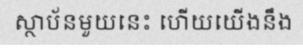
ស្ថាប័នមួយនេះ ហើយយើងនឹង